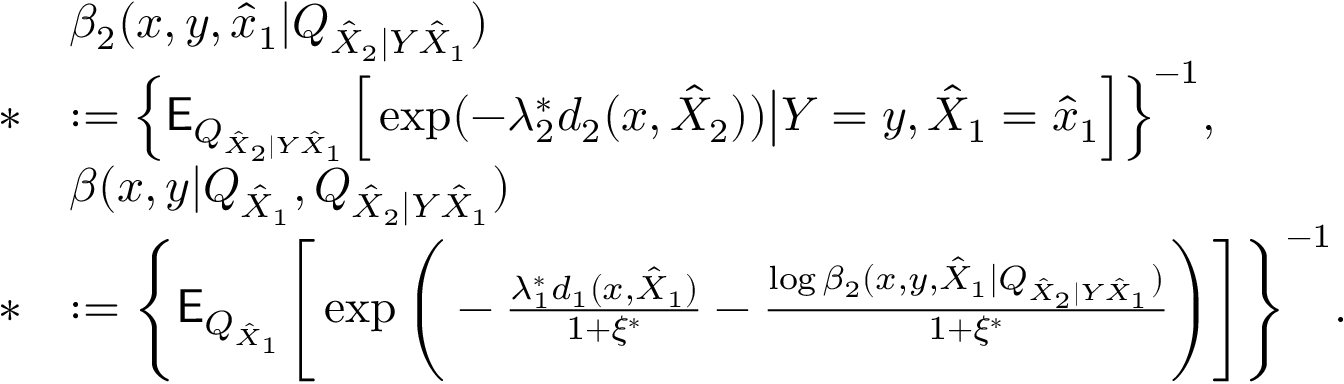
\begin{array} { r l } & { \beta _ { 2 } ( x , y , \hat { x } _ { 1 } | Q _ { \hat { X } _ { 2 } | Y \hat { X } _ { 1 } } ) } \\ { * } & { : = \Big \{ \mathsf { E } _ { Q _ { \hat { X } _ { 2 } | Y \hat { X } _ { 1 } } } \Big [ \exp ( - \lambda _ { 2 } ^ { * } d _ { 2 } ( x , \hat { X } _ { 2 } ) ) \big | Y = y , \hat { X } _ { 1 } = \hat { x } _ { 1 } \Big ] \Big \} ^ { - 1 } , } \\ & { \beta ( x , y | Q _ { \hat { X } _ { 1 } } , Q _ { \hat { X } _ { 2 } | Y \hat { X } _ { 1 } } ) } \\ { * } & { : = \Bigg \{ \mathsf { E } _ { Q _ { \hat { X } _ { 1 } } } \Bigg [ \exp \Bigg ( - \frac { \lambda _ { 1 } ^ { * } d _ { 1 } ( x , \hat { X } _ { 1 } ) } { 1 + \xi ^ { * } } - \frac { \log \beta _ { 2 } ( x , y , \hat { X } _ { 1 } | Q _ { \hat { X } _ { 2 } | Y \hat { X } _ { 1 } } ) } { 1 + \xi ^ { * } } \Bigg ) \Bigg ] \Bigg \} ^ { - 1 } . } \end{array}